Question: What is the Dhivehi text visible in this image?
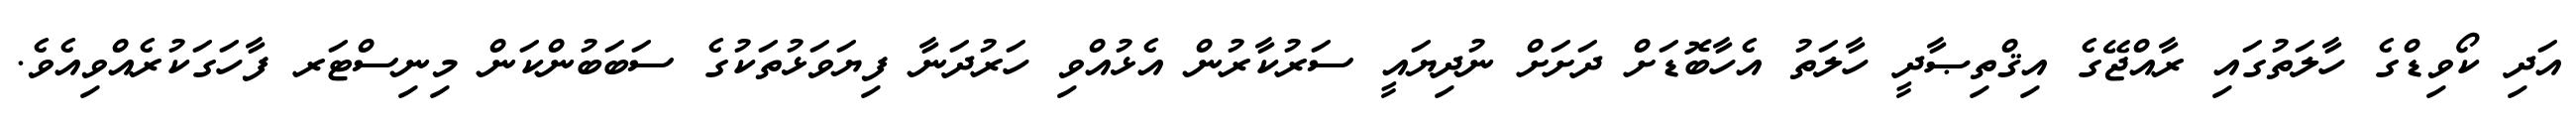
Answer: އަދި ކޯވިޑްގެ ހާލަތުގައި ރާއްޖޭގެ އިޤްތިޞާދީ ހާލަތު އެހާބޮޑަށް ދަށަށް ނުދިޔައީ ސަރުކާރުން އެޅުއްވި ހަރުދަނާ ފިޔަވަޅުތަކުގެ ސަބަބުންކަން މިނިސްޓަރ ފާހަގަކުރެއްވިއެވެ.